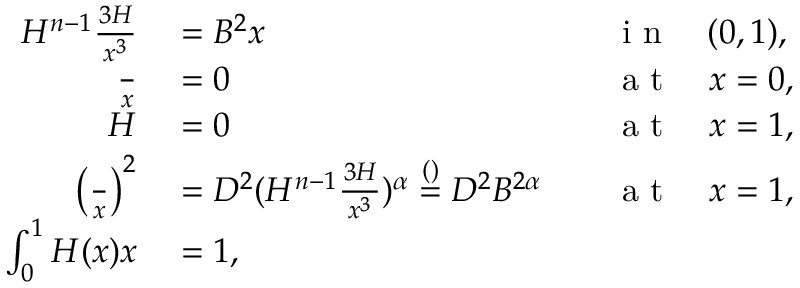
\begin{array} { r l r l } { H ^ { n - 1 } \frac { \d ^ { 3 } H } { \d x ^ { 3 } } } & { { } = B ^ { 2 } x } & { } & { { } \mathrm { ~ i ~ n ~ } \quad ( 0 , 1 ) , } \\ { \frac { \d H } { \d x } } & { { } = 0 } & { } & { { } \mathrm { ~ a ~ t ~ } \quad x = 0 , } \\ { H } & { { } = 0 } & { } & { { } \mathrm { ~ a ~ t ~ } \quad x = 1 , } \\ { \left( \frac { \d H } { \d x } \right) ^ { 2 } } & { { } = D ^ { 2 } ( H ^ { n - 1 } \frac { \d ^ { 3 } H } { \d x ^ { 3 } } ) ^ { \alpha } \stackrel { ( ) } = D ^ { 2 } B ^ { 2 \alpha } } & { } & { { } \mathrm { ~ a ~ t ~ } \quad x = 1 , } \\ { \int _ { 0 } ^ { 1 } H ( x ) \d x } & { { } = 1 , } & { } & { { } } \end{array}